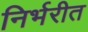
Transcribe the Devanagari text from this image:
निर्भरीत